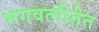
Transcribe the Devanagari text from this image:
भगवत्गीतेत